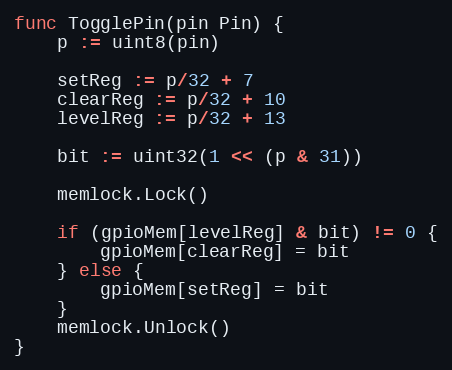
Language: Go
func TogglePin(pin Pin) {
	p := uint8(pin)

	setReg := p/32 + 7
	clearReg := p/32 + 10
	levelReg := p/32 + 13

	bit := uint32(1 << (p & 31))

	memlock.Lock()

	if (gpioMem[levelReg] & bit) != 0 {
		gpioMem[clearReg] = bit
	} else {
		gpioMem[setReg] = bit
	}
	memlock.Unlock()
}